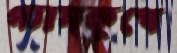
গ্যাসকূপে